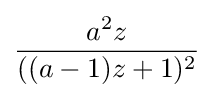
{\frac {a^{2}z}{((a-1)z+1)^{2}}}